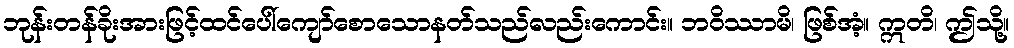
ဘုန်းတန်ခိုးအားဖြင့်ထင်ပေါ်ကျော်စောသောနတ်သည်လည်းကောင်း။ ဘဝိဿာမိ၊ ဖြစ်အံ့။ ဣတိ၊ ဤသို့။